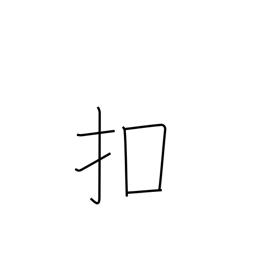
Meaning: tap